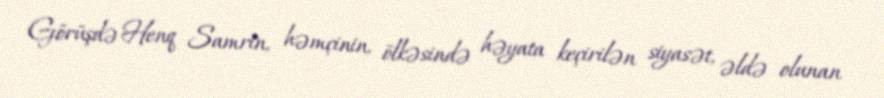
Görüşdə Henq Samrin, həmçinin, ölkəsində həyata keçirilən siyasət, əldə olunan